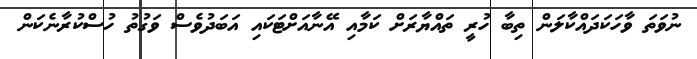
ނުވަތަ ވާހަކަދައްކާލަން ތިބާ ހުރީ ތައްޔާރަށް ކަމާއި އޭނާއަށްޓަކައި އަބަދުވެސް ވަގުތު ހުސްކުރާނެކަން